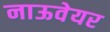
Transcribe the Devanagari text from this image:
नाऊवेयर